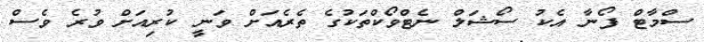
ސްމާޓް ފޯނާ އެކު ސޯޝަލް ނެޓްވޯކްތަކުގެ ތެރެއަށް ވަނީ ކުރިއަށް ވުރެ ވެސް